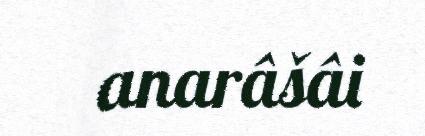
anarâšâi